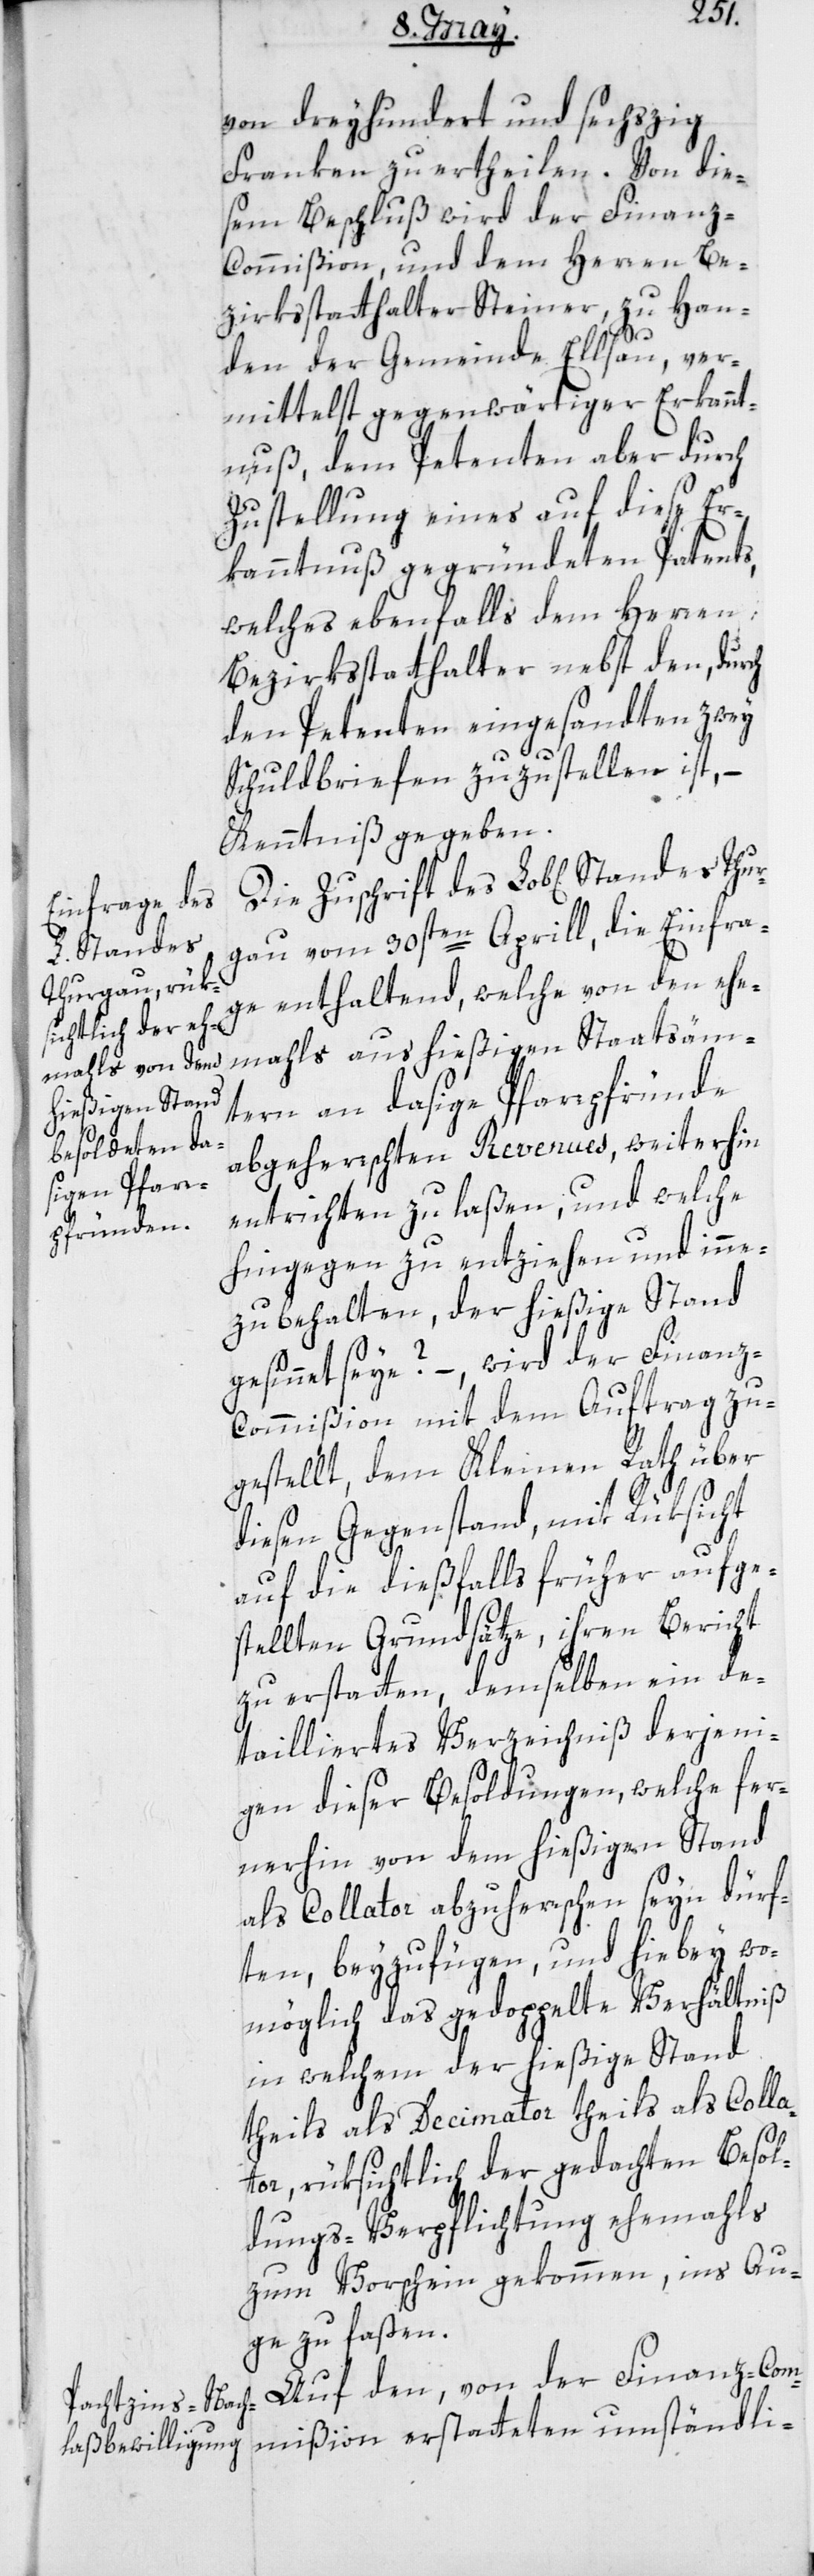
es Thur¬
von dreyhundert und sechszig
Franken zu ertheilen. Von die¬
sem Beschluß wird der Finan¬
z-Commißion und dem Herren Be¬
zirksstatthalter Steiner, zu Han¬
den der Gemeinde Ellsau, ver¬
mittelst gegenwärtiger Erkannt¬
nuß, dem Petenten aber durch
Zustellung eines auf diese Er¬
kanntnuß gegründeten Patents,
welches ebenfalls dem Herren
Bezirksstatthalter nebst den, durch
den Petenten eingesandten zwey
Schuldbriefen zuzustellen ist, –
Kenntniß gegeben.
Die Zuschrift des Lob[lichen] Stand¬
gau vom 30sten Aprill, die Einfra¬
ge enthaltend, welche von den ehe¬
mahls aus hießigen Staatsäm¬
tern an dasige Pfarrpfründe
abgeherrschten Revenues, weiterhin
entrichten zu laßen, und welche
hingegen zu entziehen und inne¬
zubehalten, der hießige Stand
gesinnet seye? – wird der Finanz-C¬
ommißion mit dem Auftrag zu¬
gestellt, dem Kleinen Rath über
diesen Gegenstand, mit Rüksicht
auf die dießfalls früher aufge¬
stellten Grundsätze, ihren Bericht
zu erstatten, demselben ein de¬
tailliertes Verzeichniß derjeni¬
gen dieser Besoldungen, welche fer¬
nerhin von dem hießigen Stand
als Collator abzuherrschen seyn dürf¬
ten, beyzufügen, und hiebey wo¬
möglich das gedoppelte Verhältniß,
in welchem der hießige Stand
theils als Decimator theils als Colla¬
tor, rüksichtlich der gedachten Besol¬
dungs-Verpflichtung ehemals
zum Vorschein gekommen, ins Au¬
ge zu faßen.
Auf den, von der Finanz-Com¬
mißion erstatteten umständli-